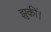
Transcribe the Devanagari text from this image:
झुकीं।